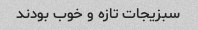
سبزیجات تازه و خوب بودند